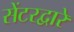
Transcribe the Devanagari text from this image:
सेंटरद्वारे